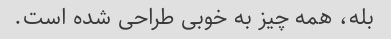
بله، همه چیز به خوبی طراحی شده است.